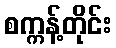
စက္ကန့်တိုင်း